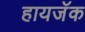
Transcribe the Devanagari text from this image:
हायजॅक